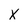
Character: X